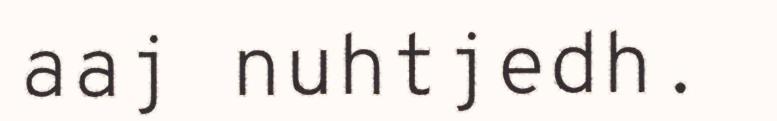
aaj nuhtjedh.